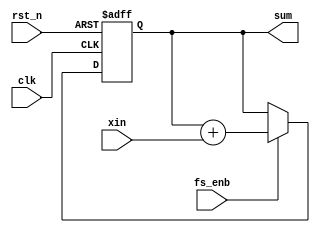
`timescale 1ns / 1ps
//////////////////////////////////////////////////////////////////////////////////
// Company: 
// Engineer: 
// 
// Design Name: 
// Module Name: delay_integrator
// Project Name: 
// Target Devices: 
// Tool Versions: 
// Description: 
// 
// Dependencies: 
// 
// Revision:
// Revision 0.01 - File Created
// Additional Comments:
// 
//////////////////////////////////////////////////////////////////////////////////


module delay_integrator(
    input clk,
    input rst_n,
    input fs_enb,
    input [35:0] xin,
    output reg [35:0] sum
    );
    
    wire [35:0] delay;
    
    assign delay = sum + xin;
    
    always@(posedge clk, negedge rst_n)
        if(~rst_n)
            sum <= 1'b0;
       else if(fs_enb)
            sum <= delay;
            
endmodule